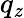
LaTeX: q_{\mathit{z}}